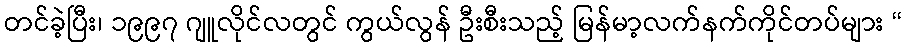
တင်ခဲ့ပြီး၊ ၁၉၉၇ ဂျူလိုင်လတွင် ကွယ်လွန် ဦးစီးသည့် မြန်မာ့လက်နက်ကိုင်တပ်များ “